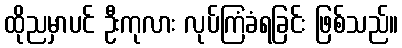
ထိုညမှာပင် ဦးကုလား လုပ်ကြံခံရခြင်း ဖြစ်သည်။